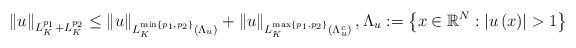
LaTeX: \begin{align*}\left\| u\right\| _{L_{K}^{p_{1}}+L_{K}^{p_{2}}}\leq \left\| u\right\|_{L_{K}^{\min \left\{ p_{1},p_{2}\right\} }(\Lambda _{u})}+\left\| u\right\|_{L_{K}^{\max \left\{ p_{1},p_{2}\right\} }(\Lambda _{u}^{c})},\Lambda _{u}:=\left\{ x\in \mathbb{R}^{N}:\left| u\left( x\right)\right| >1\right\} \end{align*}